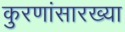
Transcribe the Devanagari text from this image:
कुरणांसारख्या